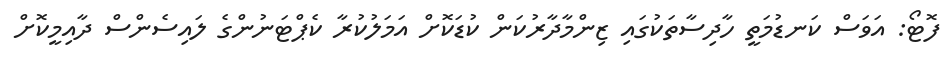
ފޮޓޯ: އަވަސް ކަނޑުމަތީ ހާދިސާތަކުގައި ޒިންމާދާރުކަން ކުޑަކޮށް އަމަލުކުރާ ކެޕްޓަނުންގެ ލައިސެންސް ދާއިމީކޮށް